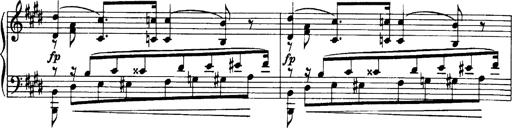
Title: OuvertÃ¼re zu TannhÃ¤user
Composer: Franz Liszt